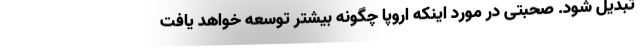
تبدیل شود. صحبتی در مورد اینکه اروپا چگونه بیشتر توسعه خواهد یافت